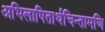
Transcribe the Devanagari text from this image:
अभिलाषितार्थचिन्तामणि